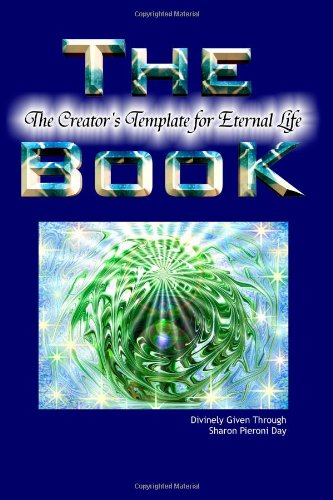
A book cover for The Book - The Creator's Template for Eternal Life; Sharon Pieroni-Day; Sports & Outdoors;